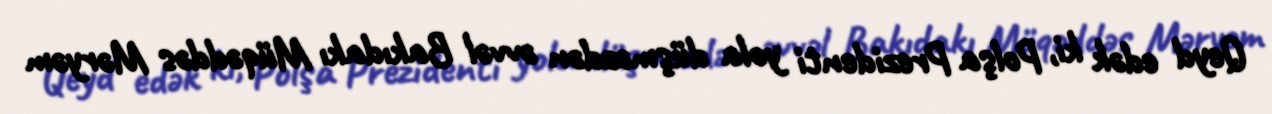
Qeyd edək ki, Polşa Prezidenti yola düşməzdən əvvəl Bakıdakı Müqəddəs Məryəm